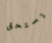
تستحق